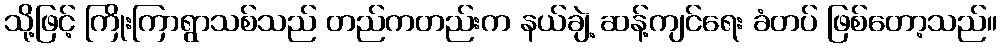
သို့ဖြင့် ကြိုးကြာရွာသစ်သည် တည်ကတည်းက နယ်ချဲ့ ဆန့်ကျင်ရေး ခံတပ် ဖြစ်တော့သည်။